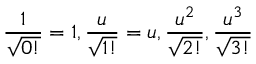
\frac { 1 } { \sqrt { 0 ! } } = 1 , \frac { u } { \sqrt { 1 ! } } = u , \frac { u ^ { 2 } } { \sqrt { 2 ! } } , \frac { u ^ { 3 } } { \sqrt { 3 ! } }